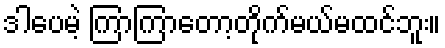
ဒါပေမဲ့ ကြာကြာတော့တိုက်မယ်မထင်ဘူး။